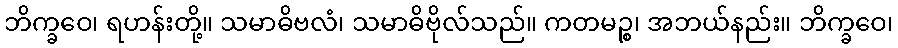
ဘိက္ခဝေ၊ ရဟန်းတို့။ သမာဓိဗလံ၊ သမာဓိဗိုလ်သည်။ ကတမဉ္စ၊ အဘယ်နည်း။ ဘိက္ခဝေ၊